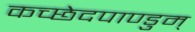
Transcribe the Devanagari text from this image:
कच्छेदपाण्डुम्